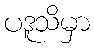
ပဒူသိမှာ